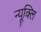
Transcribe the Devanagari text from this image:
न्यूक्लि